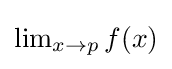
{\textstyle \lim _{x\to p}f(x)}